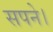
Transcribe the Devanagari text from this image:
सपने।